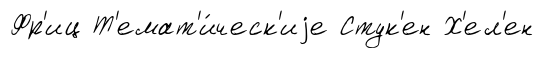
Фр'иц Т'емат'и́ческ'иjе Стук'ен Х'ел'ен